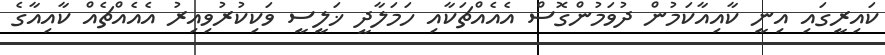
ކައިރީގައި އިނީ ކާއިއާކަމުން ދުވަމުންގޮސް އެއެއްޗަކާއި ހަމަލާދީ ޚަލީސީ ވަކިކުރުވިއިރު އެއެއްޗެއް ކާއިއާގެ